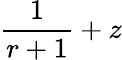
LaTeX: {\frac{1}{r+1}}+z